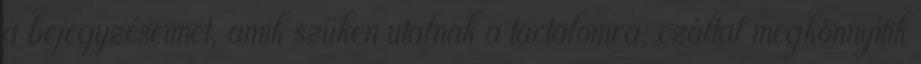
a bejegyzéseimet, amik szűken utalnak a tartalomra, ezáltal megkönnyítik